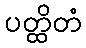
ပတ္ထိတံ